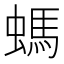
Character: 螞